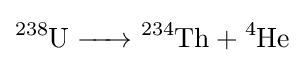
{\ce {^238U -> ^234Th + ^4He}}